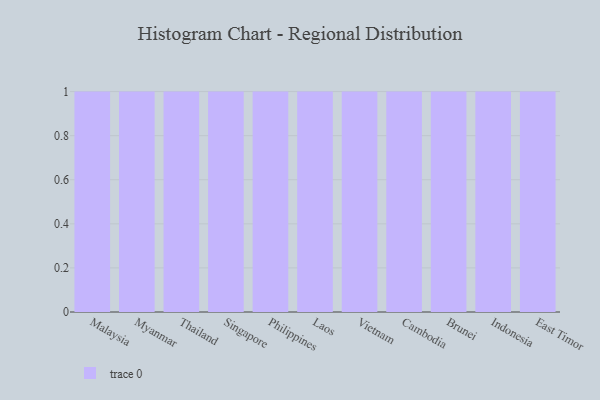
{"axis": {"x": "Country", "y": "Active Users"}, "legend": [""], "data": [{"x": "Malaysia", "y": 80, "type": ""}, {"x": "Myanmar", "y": 48, "type": ""}, {"x": "Thailand", "y": 26, "type": ""}, {"x": "Singapore", "y": 98, "type": ""}, {"x": "Philippines", "y": 60, "type": ""}, {"x": "Laos", "y": 21, "type": ""}, {"x": "Vietnam", "y": 31, "type": ""}, {"x": "Cambodia", "y": 54, "type": ""}, {"x": "Brunei", "y": 8, "type": ""}, {"x": "Indonesia", "y": 8, "type": ""}, {"x": "East Timor", "y": 31, "type": ""}]}